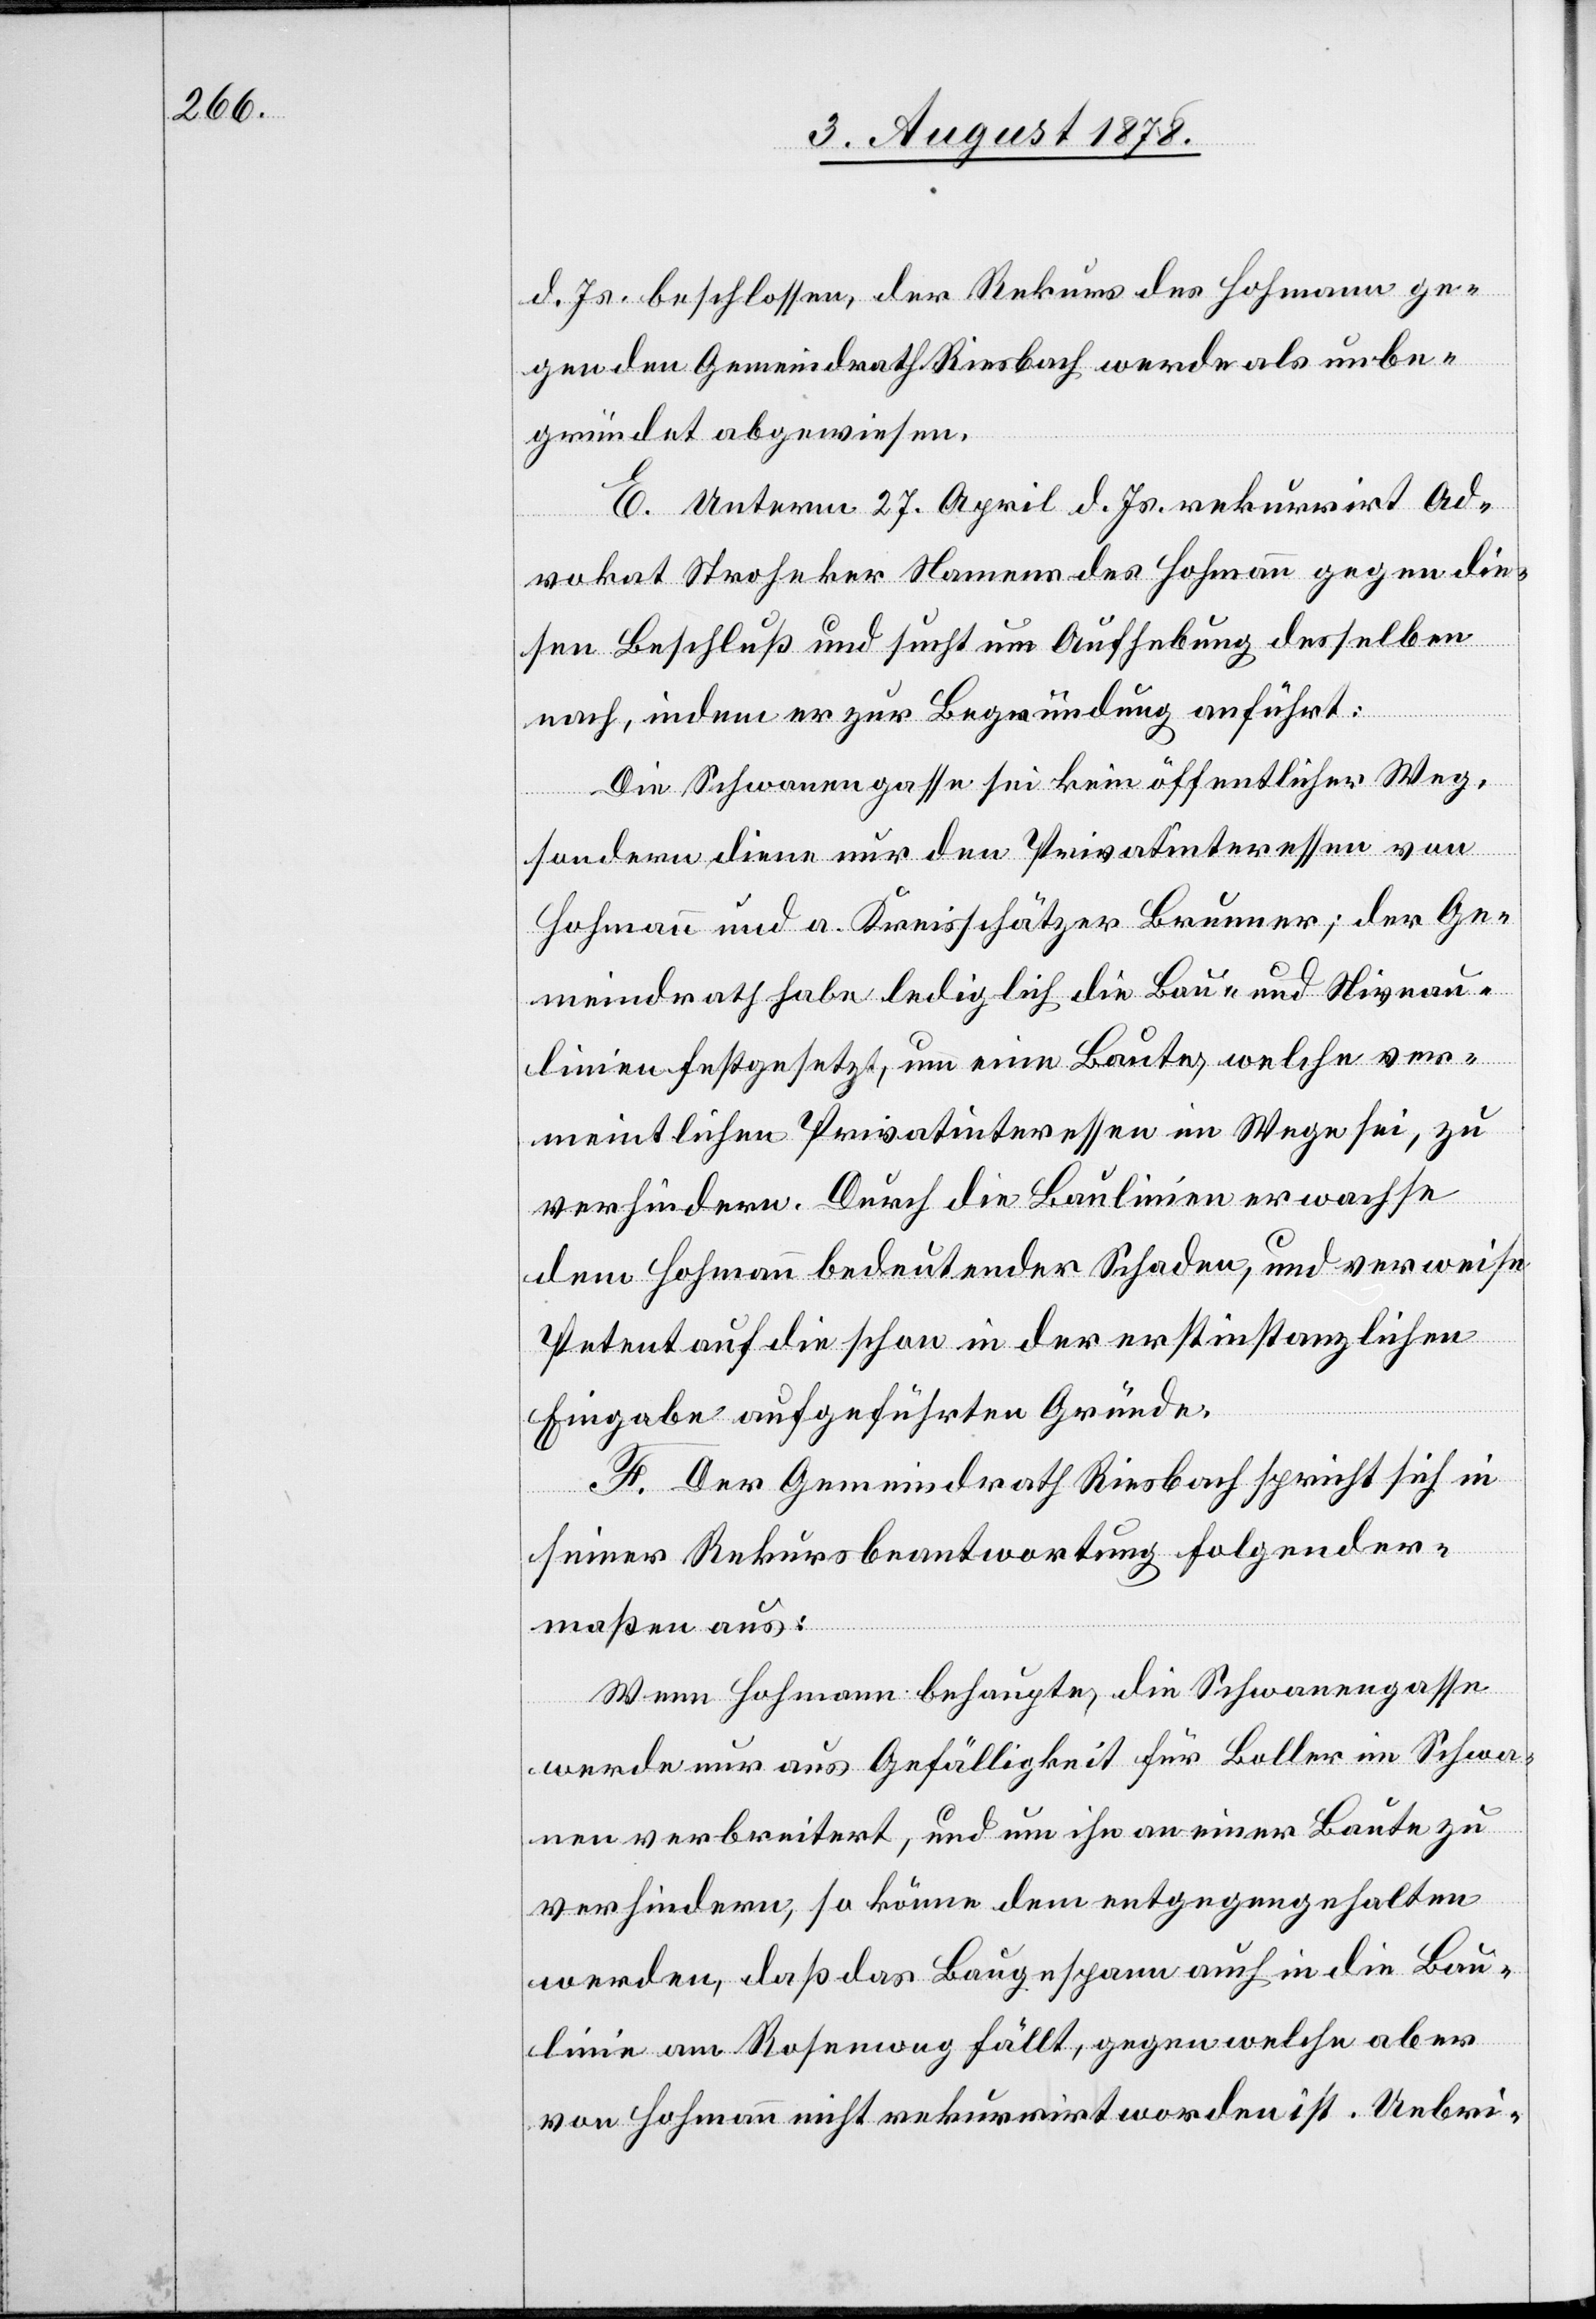
d. Js. beschlossen, der Rekurs des Hohmann ge¬
gen den Gemeindrath Riesbach werde als unbe¬
gründet abgewiesen.
E. Unterm 27. April d. Js. rekurrirt Ad¬
vokat Stroheker Namens des Hohmann gegen die¬
sen Beschluß und sucht um Aufhebung desselben
nach, indem er zur Begründung anführt:
Die Schwanengasse sei kein öffentlicher Weg,
sondern diene nur den Privatinteressen von
Hohmann und a. Kreisschätzer Brunner; der Ge¬
meindrath habe lediglich die Bau- und Niveau¬
linien festgesetzt, um eine Baute, welche ver¬
meintlichen Privatinteressen im Wege sei, zu
verhindern. Durch die Baulinien erwachse
dem Hohmann bedeutender Schaden, und verweise
Petent auf die schon in der erstinstanzlichen
Eingabe aufgeführten Gründe.
F. Der Gemeindrath Riesbach spricht sich in
seiner Rekursbeantwortung folgender¬
maßen aus:
Wenn Hohmann behaupte, die Schwanengasse
werde nur aus Gefälligkeit für Boller im Schwa¬
nen verbreitert, und um ihn an einer Baute zu
verhindern, so könne dem entgegengehalten
werden, daß das Baugespann auch in die Bau¬
linie am Rosenweg fällt, gegen welche aber
von Hohmann nicht rekurrirt worden ist. Uebri-